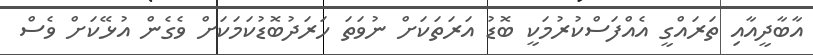
އާބާދީއާއި ތަރައްގީ އެއްފަސްކުރުމަކީ ބޮޑު އަރަތަކަށް ނުވަތަ ހަރަދުބޮޑުކަމަކަށް ވެގެން އުޅޭކަށް ވެސް